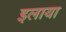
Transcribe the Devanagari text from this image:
इलाया